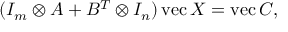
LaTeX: ( I _ { m } \otimes A + B ^ { T } \otimes I _ { n } ) \operatorname { v e c } X = \operatorname { v e c } C ,